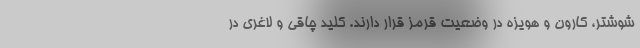
شوشتر، کارون و هویزه در وضعیت قرمز قرار دارند. کلید چاقی و لاغری در